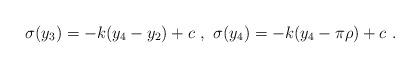
LaTeX: \begin{align*}\sigma (y_3) = - k ( y_4-y_2 )+ c ~,~ \sigma (y_4) = - k ( y_4- \pi \rho )+ c~.~\,\end{align*}